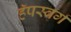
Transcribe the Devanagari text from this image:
हॅपस्बर्ग